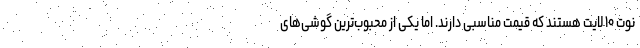
نوت ۱۰ لایت هستند که قیمت مناسبی دارند. اما یکی از محبوب‌ترین گوشی‌های